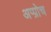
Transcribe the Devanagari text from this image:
अप्प्रोच